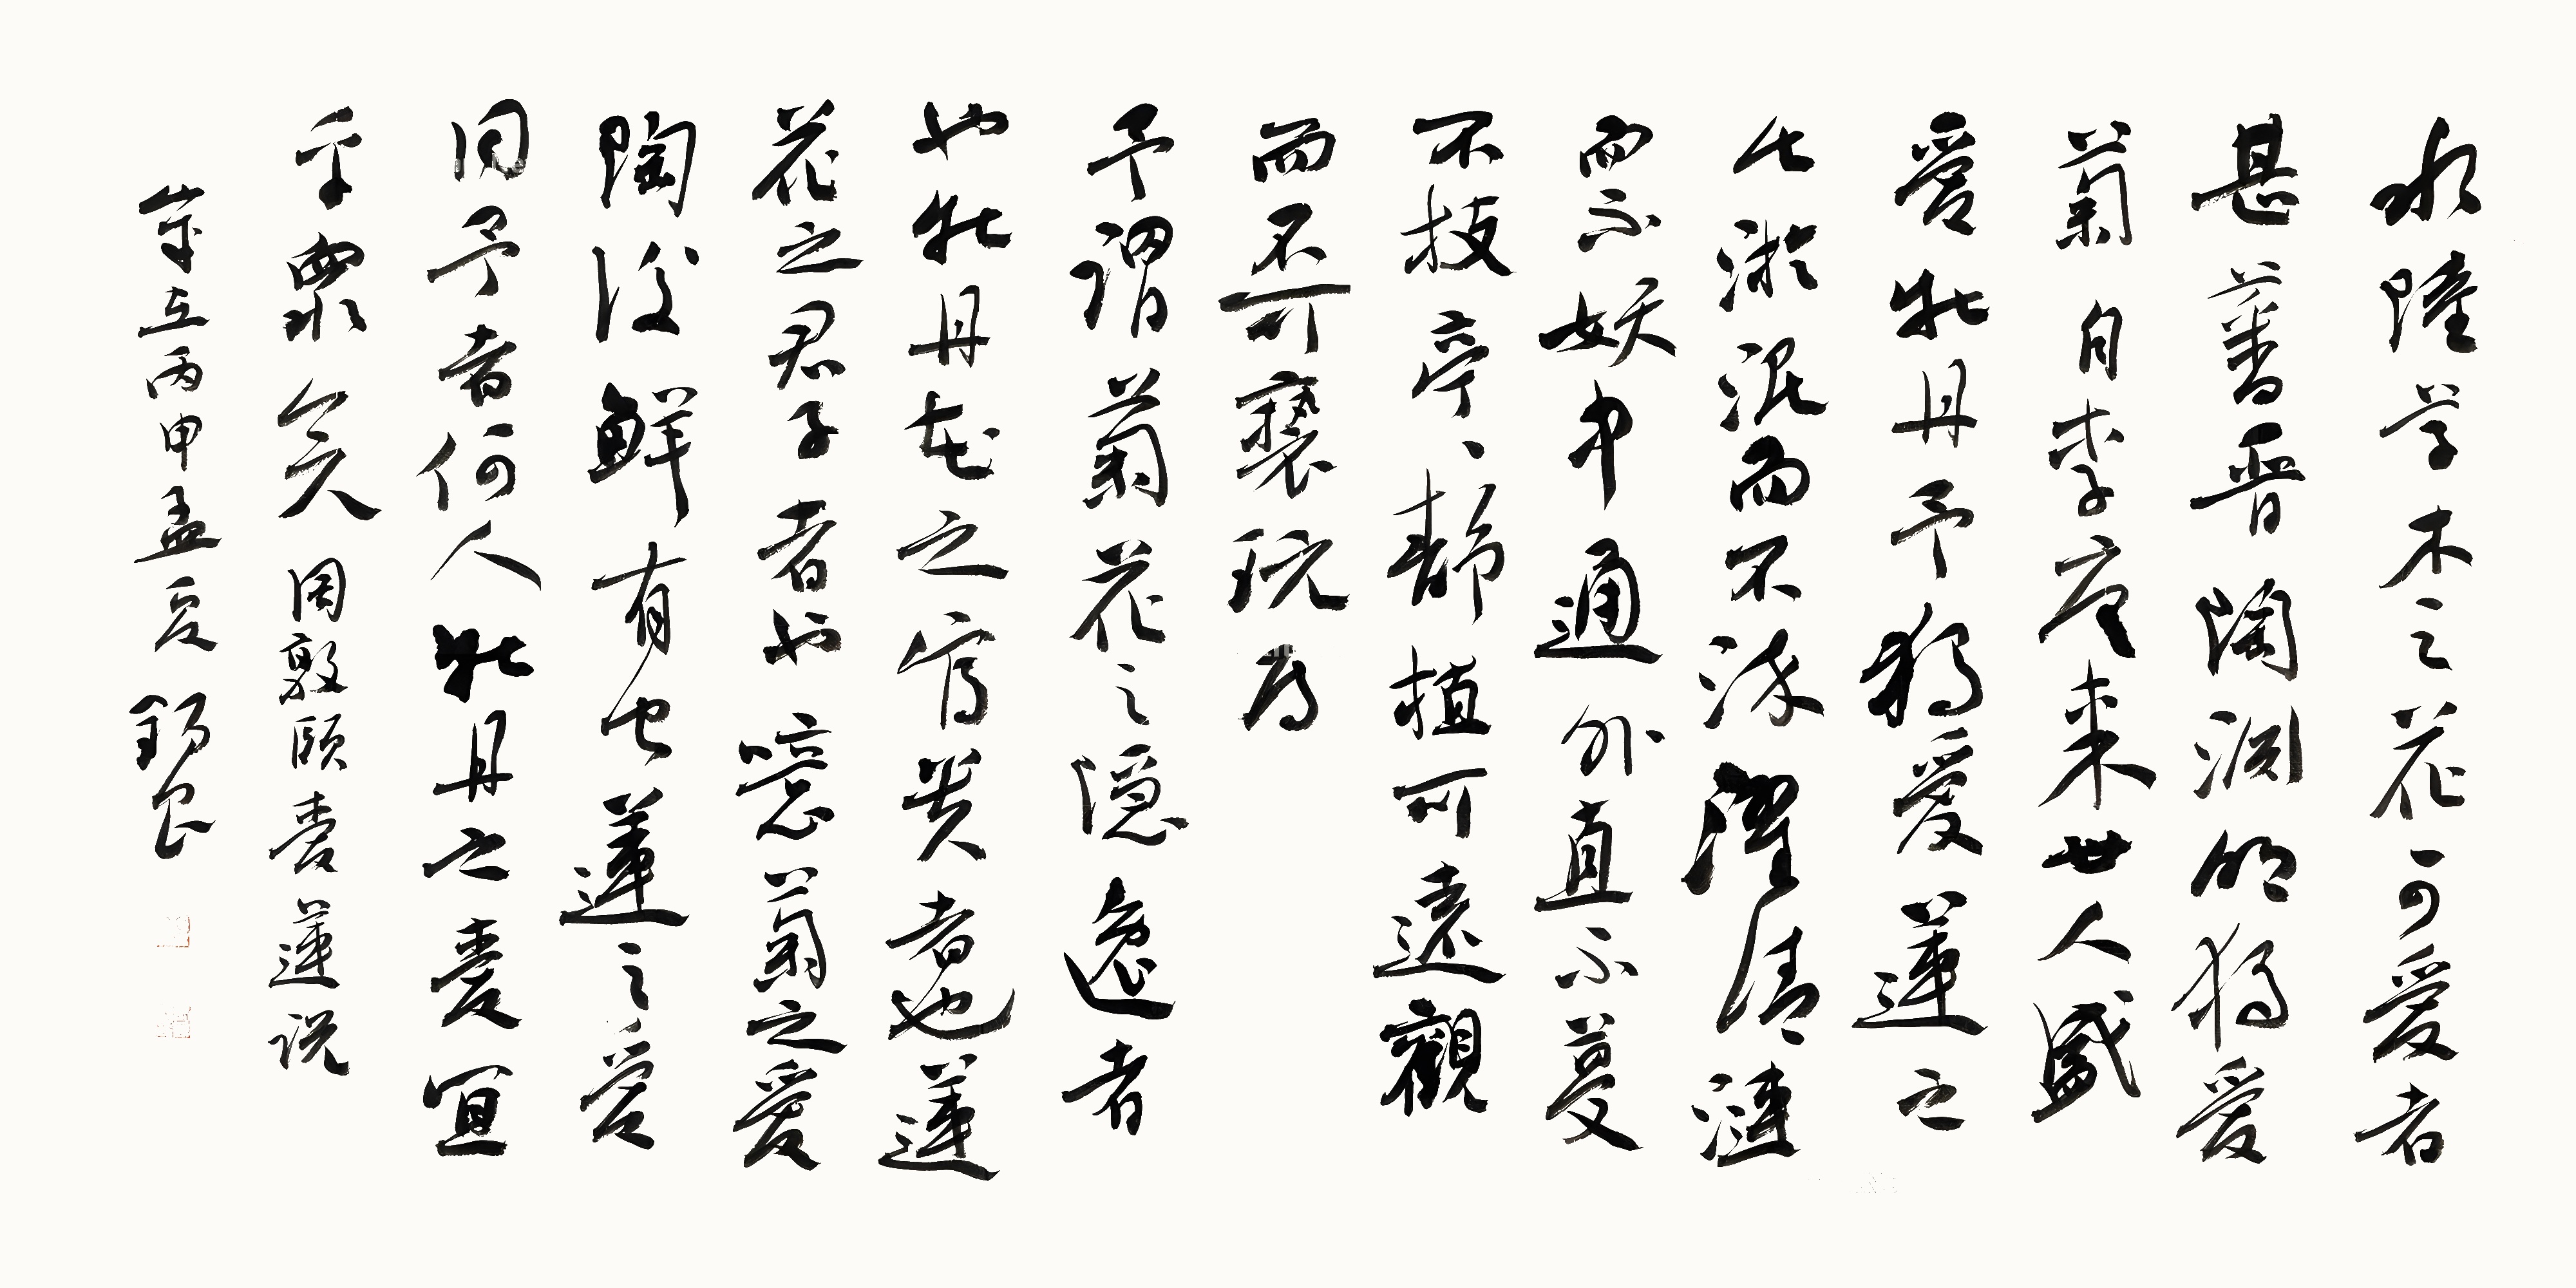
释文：水陆草木之花，可爱者甚蕃。晋陶渊明独爱菊。自李唐来，世人甚爱牡丹。予独爱莲之出淤泥而不染，濯清涟而不妖，中通外直，不蔓不枝，香远益清，亭亭净植，可远观而不可亵玩焉。予谓菊，花之隐逸者也；牡丹，花之富贵者也；莲，花之君子者也。噫！菊之爱，陶后鲜有闻。莲之爱，同予者何人？牡丹之爱，宜乎众矣！周敦颐爱莲说。岁在丙申孟夏，锡良。